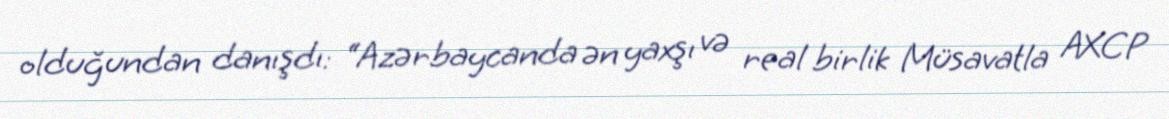
olduğundan danışdı: “Azərbaycanda ən yaxşı və real birlik Müsavatla AXCP